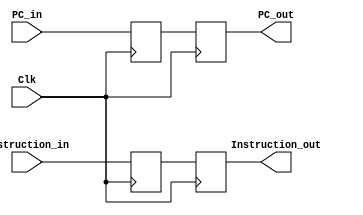
//Percentages
//Mason: 33%
//Alex: 33%
// Ali: 33%
module IF_ID_Register(
    input Clk,          // Clock input
    input [31:0] PC_in,         // 32-bit PC value input from IF stage
    input [31:0] Instruction_in, // 32-bit instruction input from IF stage

    output reg [31:0] PC_out,        // 32-bit PC value output to ID stage
    output reg [31:0] Instruction_out // 32-bit instruction output to ID stage
    );

    reg [31:0] PC;     
    reg [31:0] Instruction;
    
    initial begin
        PC_out = 32'd0;
        Instruction_out = 32'd0;
    end
    
    
    always @(posedge Clk) begin
        PC <= PC_in;
        Instruction <= Instruction_in;
    end
    
    always @(negedge Clk) begin
        PC_out <= PC;
        Instruction_out <= Instruction;
    end

endmodule